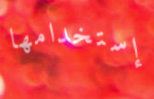
إستخدامها